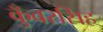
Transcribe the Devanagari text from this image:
कुँवरसिह